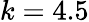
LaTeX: k=4.5